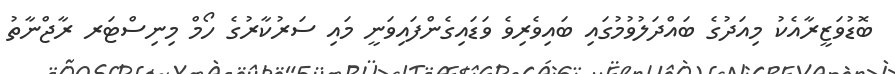
ބޮޑުވަޒީރާއެކު މިއަދުގެ ބައްދަލުވުމުގައި ބައިވެރިވެ ވަޑައިގެންފައިވަނީ މައި ސަރުކާރުގެ ހޯމް މިނިސްޓަރ ރާޖްނާތު